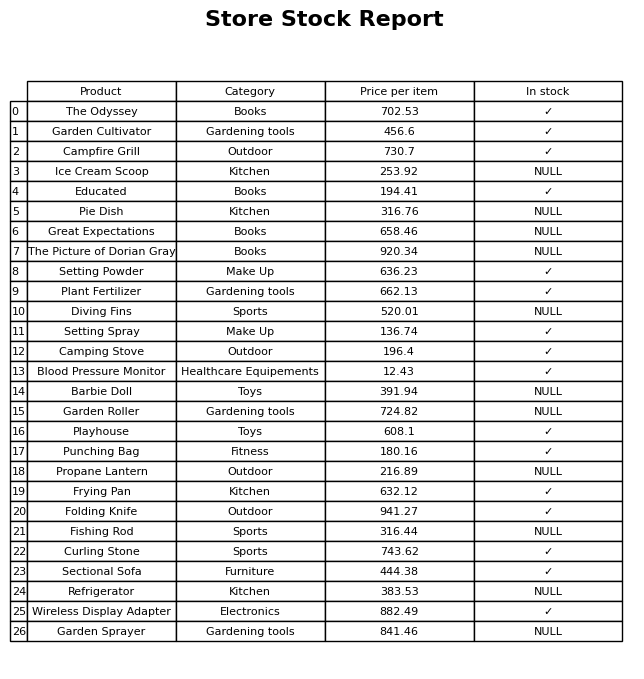
question: What is the price for Great Expectations?
answer: The price of Great Expectations is 658.46.